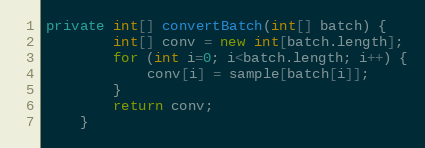
Language: Java
private int[] convertBatch(int[] batch) {
        int[] conv = new int[batch.length];
        for (int i=0; i<batch.length; i++) {
            conv[i] = sample[batch[i]];
        }
        return conv;
    }